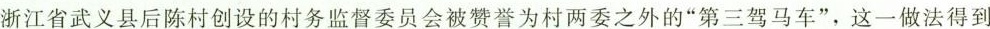
浙江省武义县后陈村创设的村务监督委员会被赞誉为村两委之外的”第三驾马车”，这一做法得到